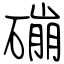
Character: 磞